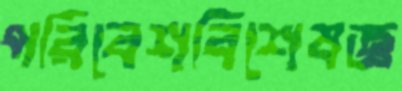
পরিবেশবিশেষজ্ঞ